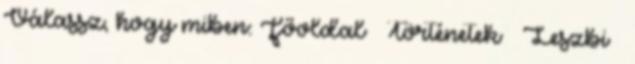
Válassz, hogy miben: Főoldal Történetek Leszbi